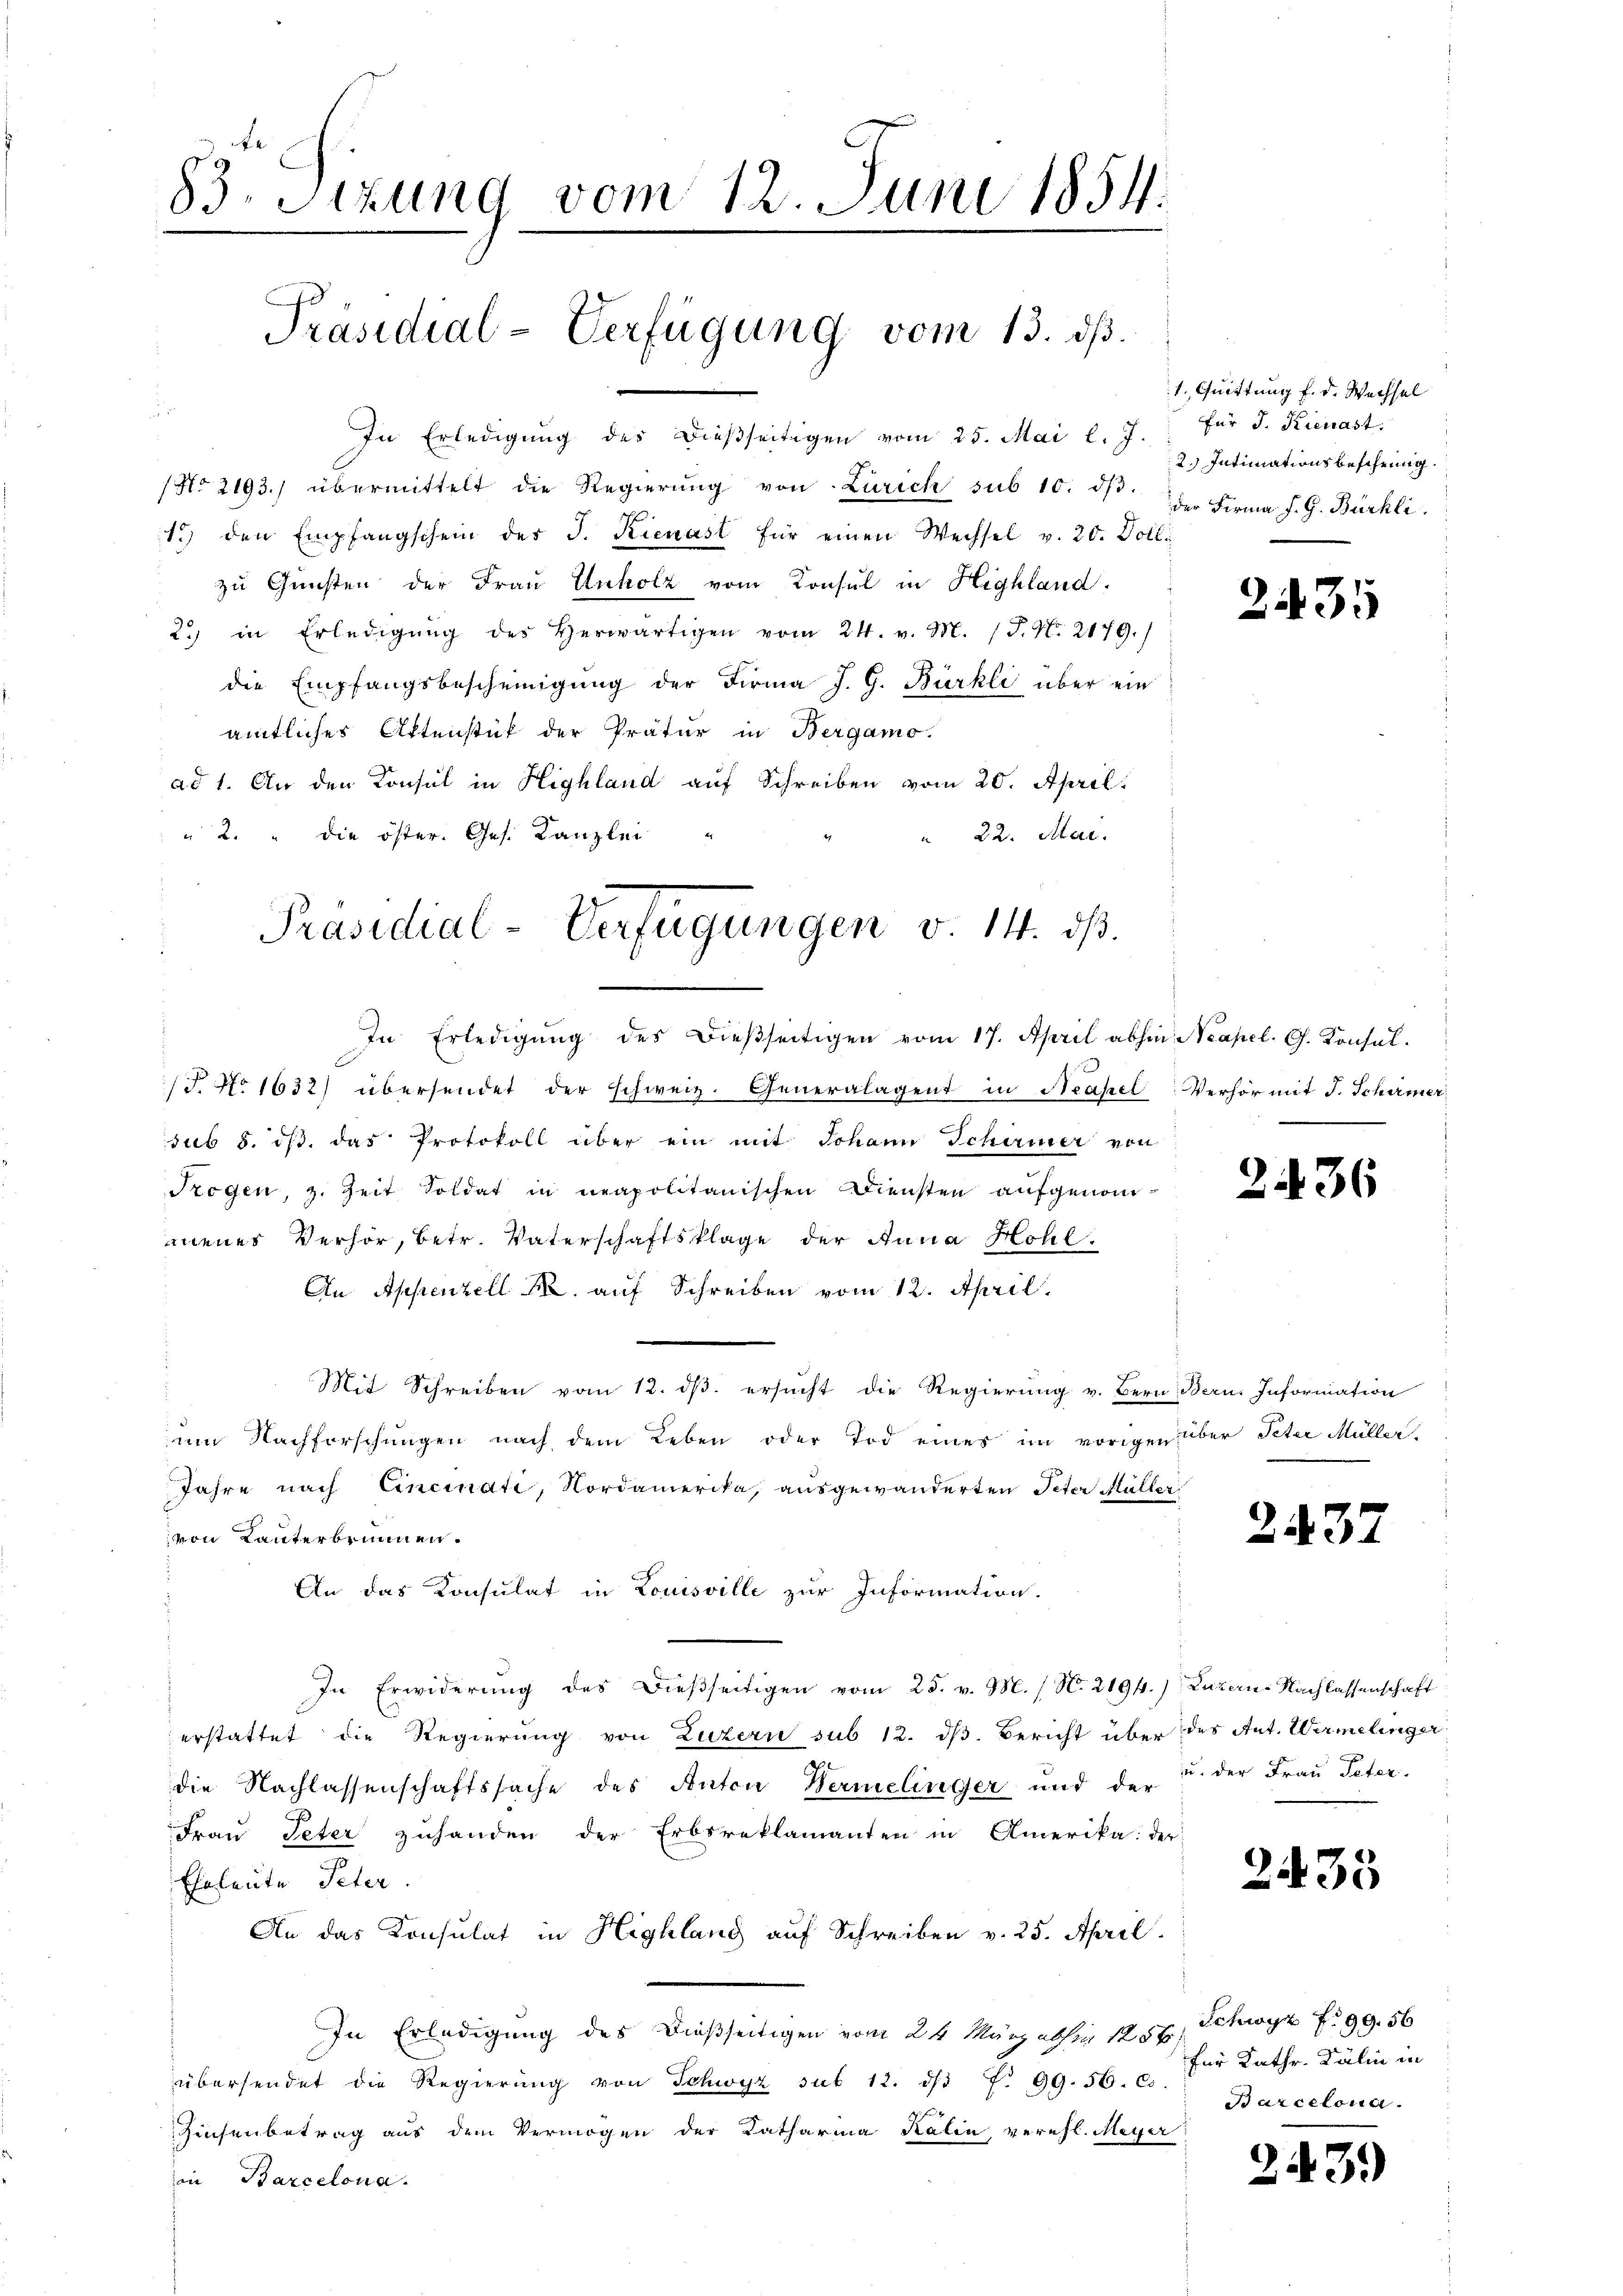
83. Sitzung vom 12. Juni 1854.
Präsidial-Verfügung vom 13. ds.

i
In Erledigung des Dießseitigen vom 25. Mai l. J.
No 2193. übermittelt die Regierŭng von Zürich sub 10. dβ.
1.) den Empfangschein der J. Kienast für einen Wechsel v. 20. Dotl.
zu Gunsten der Frau Unholz vom Konsul in Highland.
2.) in Erledigŭng des Herwärtigen vom 24. v. M. (T. N. 2179.)
die Empfangsbescheinigung der Firma J. G. Bürkli über ein
amtliches Aktenstück der Prätur in Bergamo.
ad 1. An den Konsul in Highland auf Schreiben vom 20. April.
" 2. " die öster. Ges. Kanzlei
22. Mai.

Präsidial-Verfügungen v. 14. ds.
In Erledigung des dießseitigen vom 17. April abhin Neapel. G. Konsul¬

/J. No 1632) übersendet der schweiz. Generalagent in Neapel: Verhör mit J. Schirmer
sub 8. ds. das Protokoll über ein mit Johann Schirmer von
Szogen, z. Zeit Soldat in neapolitanischen Diensten aufgenommenes Verhör, betr. Vaterschaftsklage der Anna Hohl.
An Appenzell M. auf Schreiben vom 12. April.
Mit Schreiben vom 12. dβ. ersucht die Regierung v. Bern Bern. Information
um Nachforschungen nach dem Leben oder Tod eines im vorigen über Peter Müller.
Jahre nach Eincinati, Nordamerika, ausgewanderten Peter Müller
von Lanterbrunnen.
An das Konsulat in Louisville zur Information.
In Erwiderung des Dießseitigen vom 25. v. M. (N. 2194.) Luzern-Nachlassenschaft
erstattet die Regierung von Luzern sub 12. dβ. Bericht über des Ant. Wermelinger
die Nachlassenschaftssache des Anton Wermelinger und der u. der Frau Peter.
Frau Peter zuhanden der Erbsreklamanten in Amerika der
Eheleute Peter.
An das Konsulat in Highlang auf Schreiben v. 25. April.
In Erledigung des Dießseitigen vom 24. März abhin 1857, Schwyz f. 99. 56
übersendet die Regierung von Schwyz sub 12. d. 7. 99. 56. C.
Zinsenbetrag aus dem Vermögen der Katharina Kalin verehl. Meyer
in Barcelona.

1. Quittung f. d. Wachsel
für J. Kienast.
2.) Intimationsbescheing
der Firma J. G. Bürkli

2.

2

35

36

2437

2435

für Kathr. Kälin in
Barcelona.

243)